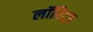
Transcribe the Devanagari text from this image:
लॉरिट्ज़